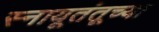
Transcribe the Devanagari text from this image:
स्नायूतंतूच्या